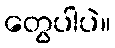
တွေပါပဲ။